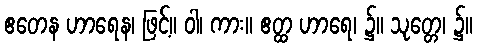
ဧတေန ဟာရေန၊ ဖြင့်။ ဝါ၊ ကား။ ဧတ္ထ ဟာရေ၊ ၌။ သုတ္တေ၊ ၌။